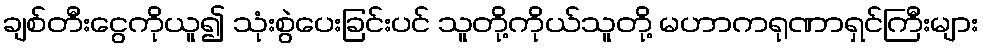
ချစ်တီးငွေကိုယူ၍ သုံးစွဲပေးခြင်းပင် သူတို့ကိုယ်သူတို့ မဟာကရုဏာရှင်ကြီးများ